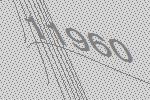
11960